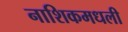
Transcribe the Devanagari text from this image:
नाशिकमधली